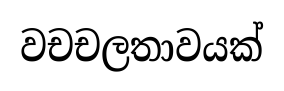
වචචලතාවයක්